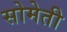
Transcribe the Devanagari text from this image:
सोमेती